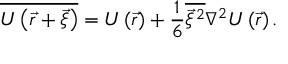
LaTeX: { \overline { { U \left( { \vec { r } } + { \vec { \xi } } \right) } } } = U \left( { \vec { r } } \right) + { \frac { 1 } { 6 } } { \overline { { { \vec { \xi } } ^ { 2 } } } } \nabla ^ { 2 } U \left( { \vec { r } } \right) .